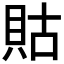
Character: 𧵑